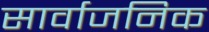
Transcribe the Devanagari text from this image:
सार्वाजनिक